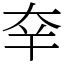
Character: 㚔